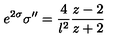
e ^ { 2 \sigma } \sigma ^ { \prime \prime } = { \frac { 4 } { l ^ { 2 } } } { \frac { z - 2 } { z + 2 } }